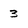
Character: 3